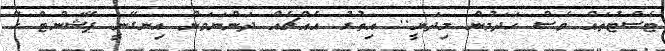
ޓެސްޓުތައް ވެސް ހަދަމުން މިދަނީ.. އިތުރު އެއްޗެއް ދަންނަވަން އިނގޭނީ ޕޭޝަންޓް ހޭ